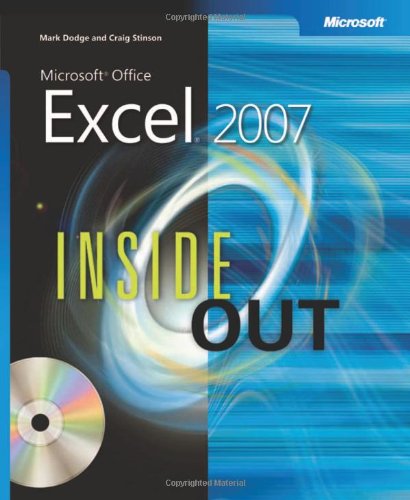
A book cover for MicrosoftÂ® Office ExcelÂ® 2007 Inside Out; Mark Dodge; Computers & Technology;